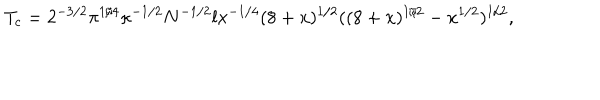
LaTeX: T _ { c } = 2 ^ { - 3 / 2 } \pi ^ { 1 / 4 } \kappa ^ { - 1 / 2 } N ^ { - 1 / 2 } l x ^ { - 1 / 4 } ( 8 + x ) ^ { 1 / 2 } ( ( 8 + x ) ^ { 1 / 2 } - x ^ { 1 / 2 } ) ^ { 1 / 2 } ,